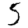
Digit: 5